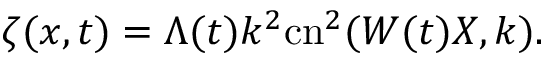
\zeta ( x , t ) = \Lambda ( t ) k ^ { 2 } \mathrm { c n } ^ { 2 } ( W ( t ) X , k ) .